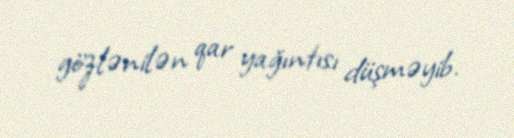
gözlənilən qar yağıntısı düşməyib.